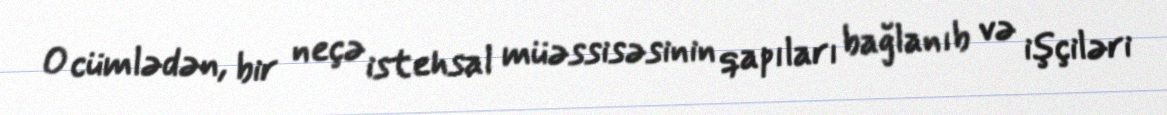
O cümlədən, bir neçə istehsal müəssisəsinin qapıları bağlanıb və işçiləri